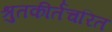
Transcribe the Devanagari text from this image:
श्रुतकीर्तचरित